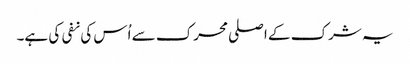
یہ شرک کے اصلی محرک سے اُس کی نفی کی ہے۔